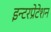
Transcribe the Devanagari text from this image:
इन्टरप्रेटेशन